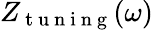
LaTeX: Z_{\mathrm{~t~u~n~i~n~g~}}(\omega)